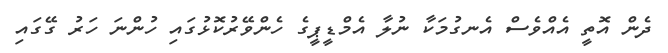
ދެން އޮތީ އެއްވެސް އެނގުމަކާ ނުލާ އެމްޑީޕީގެ ހެންވޭރުކޮޅުގައި ހުންނަ ހަރު ގޭގައި